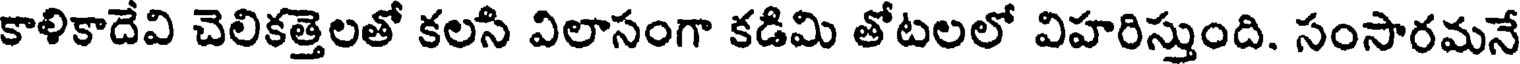
కాళికాదేవి చెలికత్తెలతో కలసి విలాసంగా కడిమి తోటలలో విహరిస్తుంది. సంసారమనే